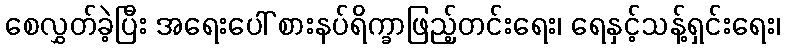
စေလွှတ်ခဲ့ပြီး အရေးပေါ် စားနပ်ရိက္ခာဖြည့်တင်းရေး၊ ရေနှင့်သန့်ရှင်းရေး၊